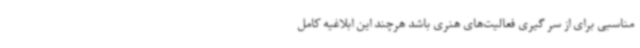
مناسبی برای از سر گیری فعالیت‌های هنری باشد هرچند این ابلاغیه کامل